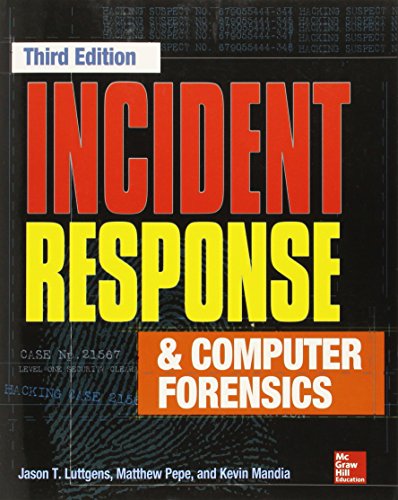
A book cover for Incident Response & Computer Forensics, Third Edition; Jason T. Luttgens; Computers & Technology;